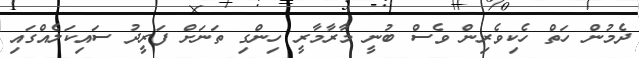
ދެމުން ހަތް ހެކިވެރިން ވެސް ބުނީ މާރާމާރީ ހިންގި ތަނަށް ފަރީދު ސައިކަލެއްގައި